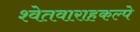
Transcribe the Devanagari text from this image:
श्वेतवाराहकल्पे